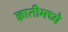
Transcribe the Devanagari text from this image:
ज्ञातीमध्ये